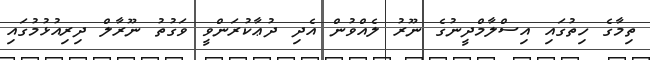
ތިމާގެ ހިތުގައި އިސްލާމްދީނުގެ ނޫރު ލެއްވުން އެދި ދުޢާކުރަންވީ ވަގުތު ނޫރާލް ދިރިއުޅުމުގައި